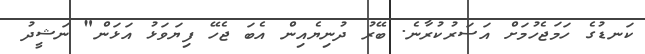
ކަނޑުގެ ހަމަޖެހުމަށް އަސަރުކުރާނެ. ބޭރު ދުނިޔެއިން އެބަ ޖެހޭ ފިޔަވަޅު އަޅަން" ނަޝީދު